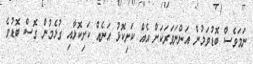
ނަމަވެސް ބޮޑުވަމުން އަންނަވަރަކަށް އެއް ކަށިކޮޅު އަނެއް ކަށިކޮޅާއި ގުޅެމުން ގޮސް ބޮޑުވެ